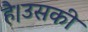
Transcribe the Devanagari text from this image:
है।उसकी